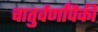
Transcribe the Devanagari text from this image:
चातुर्वर्णांपैकी